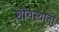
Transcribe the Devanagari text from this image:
शौचस्थानों